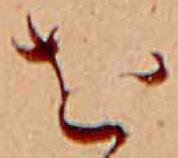
を